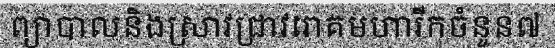
ព្យាបាលនិងស្រាវជ្រាវរោគមហារីកចំនួន៧